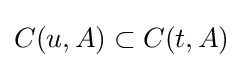
C(u,A)\subset C(t,A)